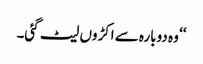
‘‘ و ہ دوبارہ سے اکڑوں لیٹ گئی۔